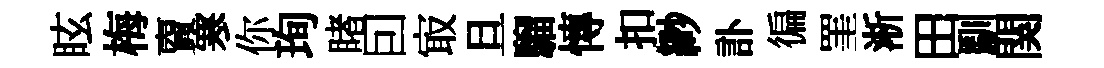
眩梅𧶠寒你珣睹囙㝡旦騮慱扣緲訃徧罣淅田馴関